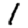
Digit: 1